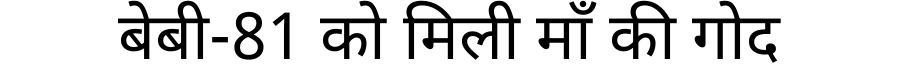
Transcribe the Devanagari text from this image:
बेबी-81 को मिली माँ की गोद